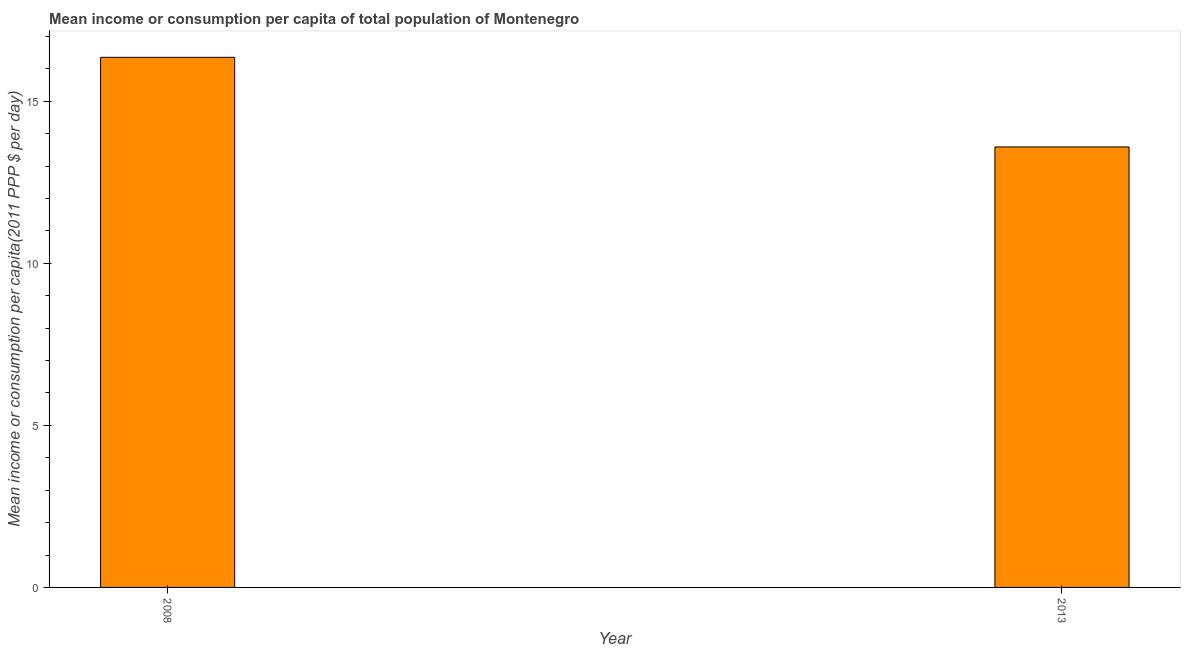
| Year | Total population |
 | --- | --- |
 | 2008 | 16.4 |
 | 2013 | 13.6 |